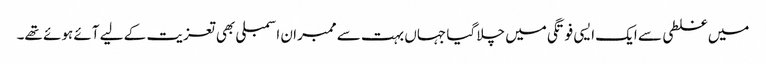
میں غلطی سے ایک ایسی فوتگی میں چلا گیا جہاں بہت سے ممبران اسمبلی بھی تعزیت کے لیے آئے ہوئے تھے۔